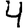
Digit: 4